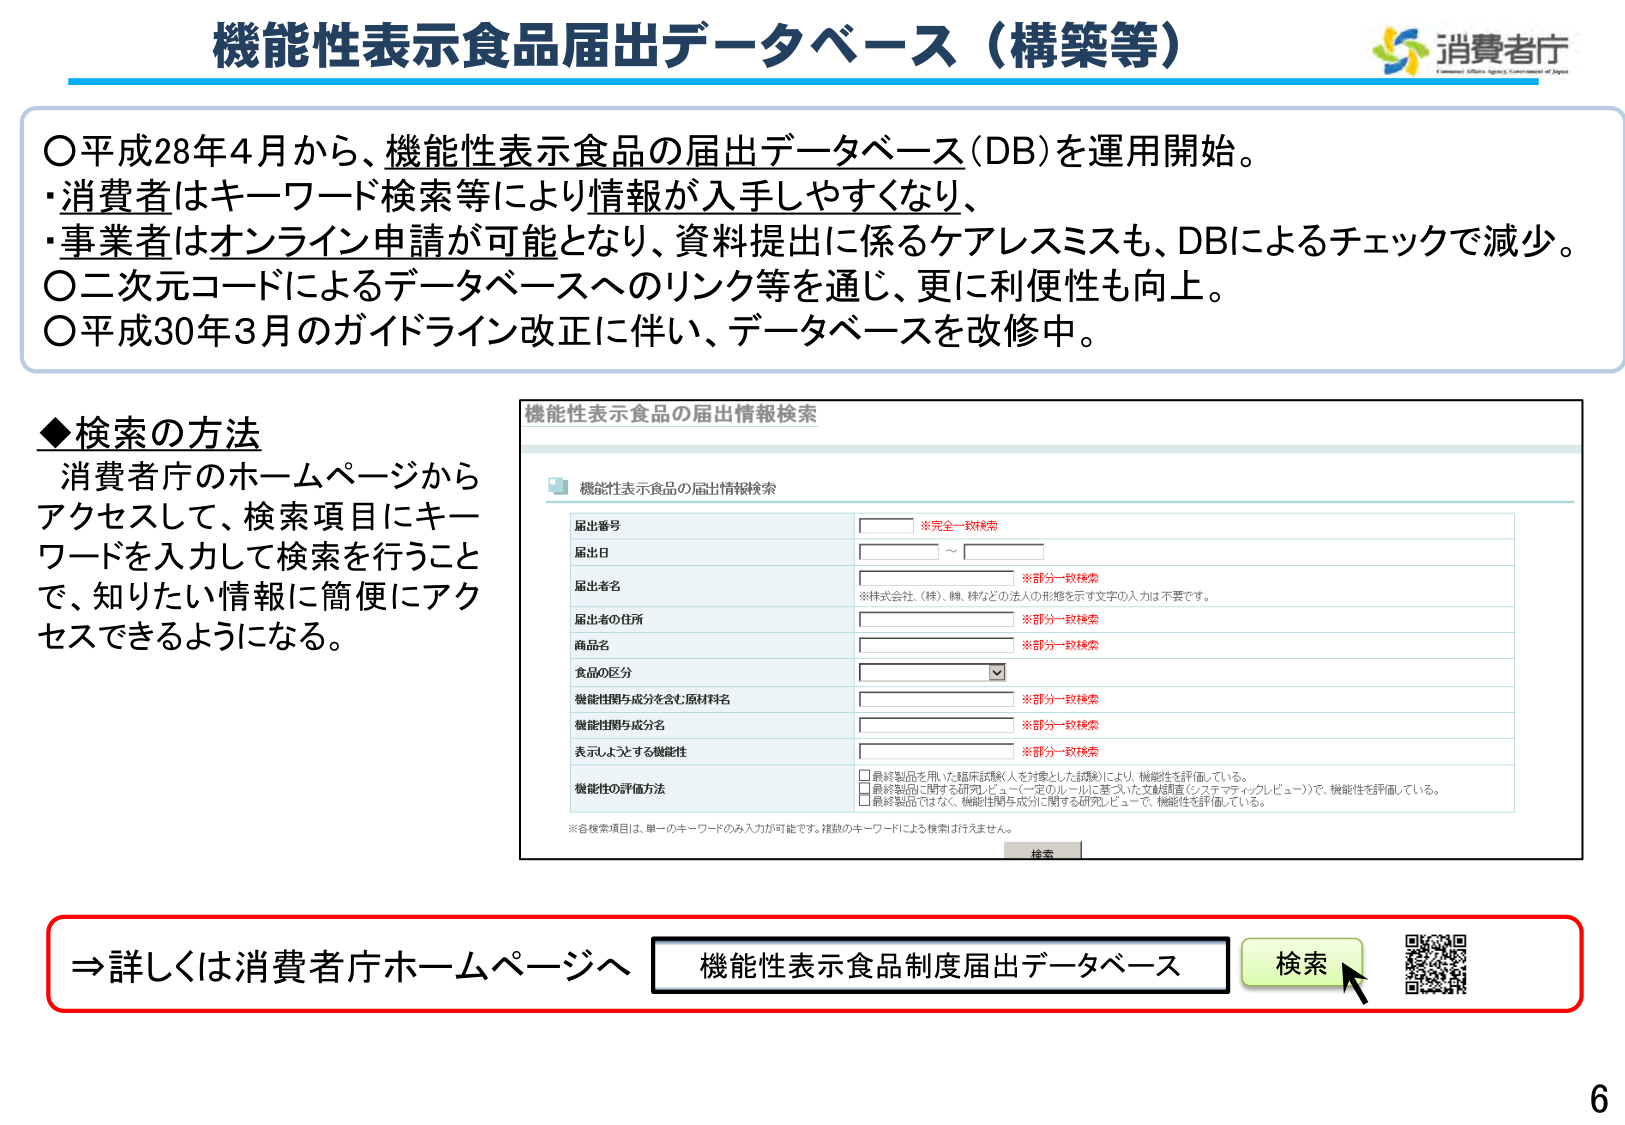
機能性表示食品届出データベース（構築等）

○平成28年4月から、機能性表示食品の届出データベース(DB)を運用開始。
・消費者はキーワード検索等により情報が入手しやすくなり、
・事業者はオンライン申請が可能となり、資料提出に係るケアレスミスも、DBによるチェックで減少。
○二次元コードによるデータベースへのリンク等を通じ、更に利便性も向上。
○平成30年3月のガイドライン改正に伴い、データベースを改修中。

◆検索の方法
消費者庁のホームページから
アクセスして、検索項目にキー
ワードを入力して検索を行うこと
で、知りたい情報に簡便にアク
セスできるようになる。

機能性表示食品の届出情報検索
機能性表示食品の届出情報検索

届出番号